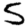
Digit: 5